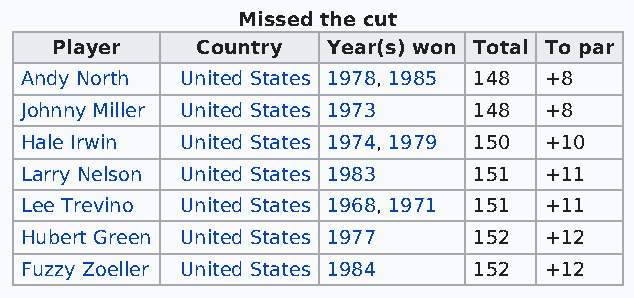
Missed the cut
 Player    Country  Year(s) won Total To par
 Andy North United States 1978, 1985 148 +8
 Johnny Miller United States 1973 148 +8
 Hale Irwin United States 1974, 1979 150 +10
 Larry Nelson United States 1983 151 +11
 Lee Trevino United States 1968, 1971 151 +11
 Hubert Green United States 1977 152 +12
 Fuzzy Zoeller United States 1984 152 +12